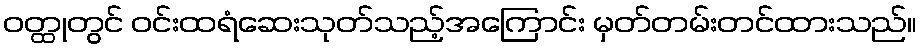
ဝတ္ထုတွင် ဝင်းထရံဆေးသုတ်သည့်အကြောင်း မှတ်တမ်းတင်ထားသည်။